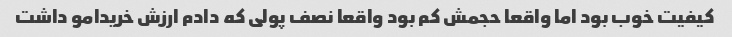
کیفیت خوب بود اما واقعا حجمش کم بود واقعا نصف پولی که دادم ارزش خریدامو داشت